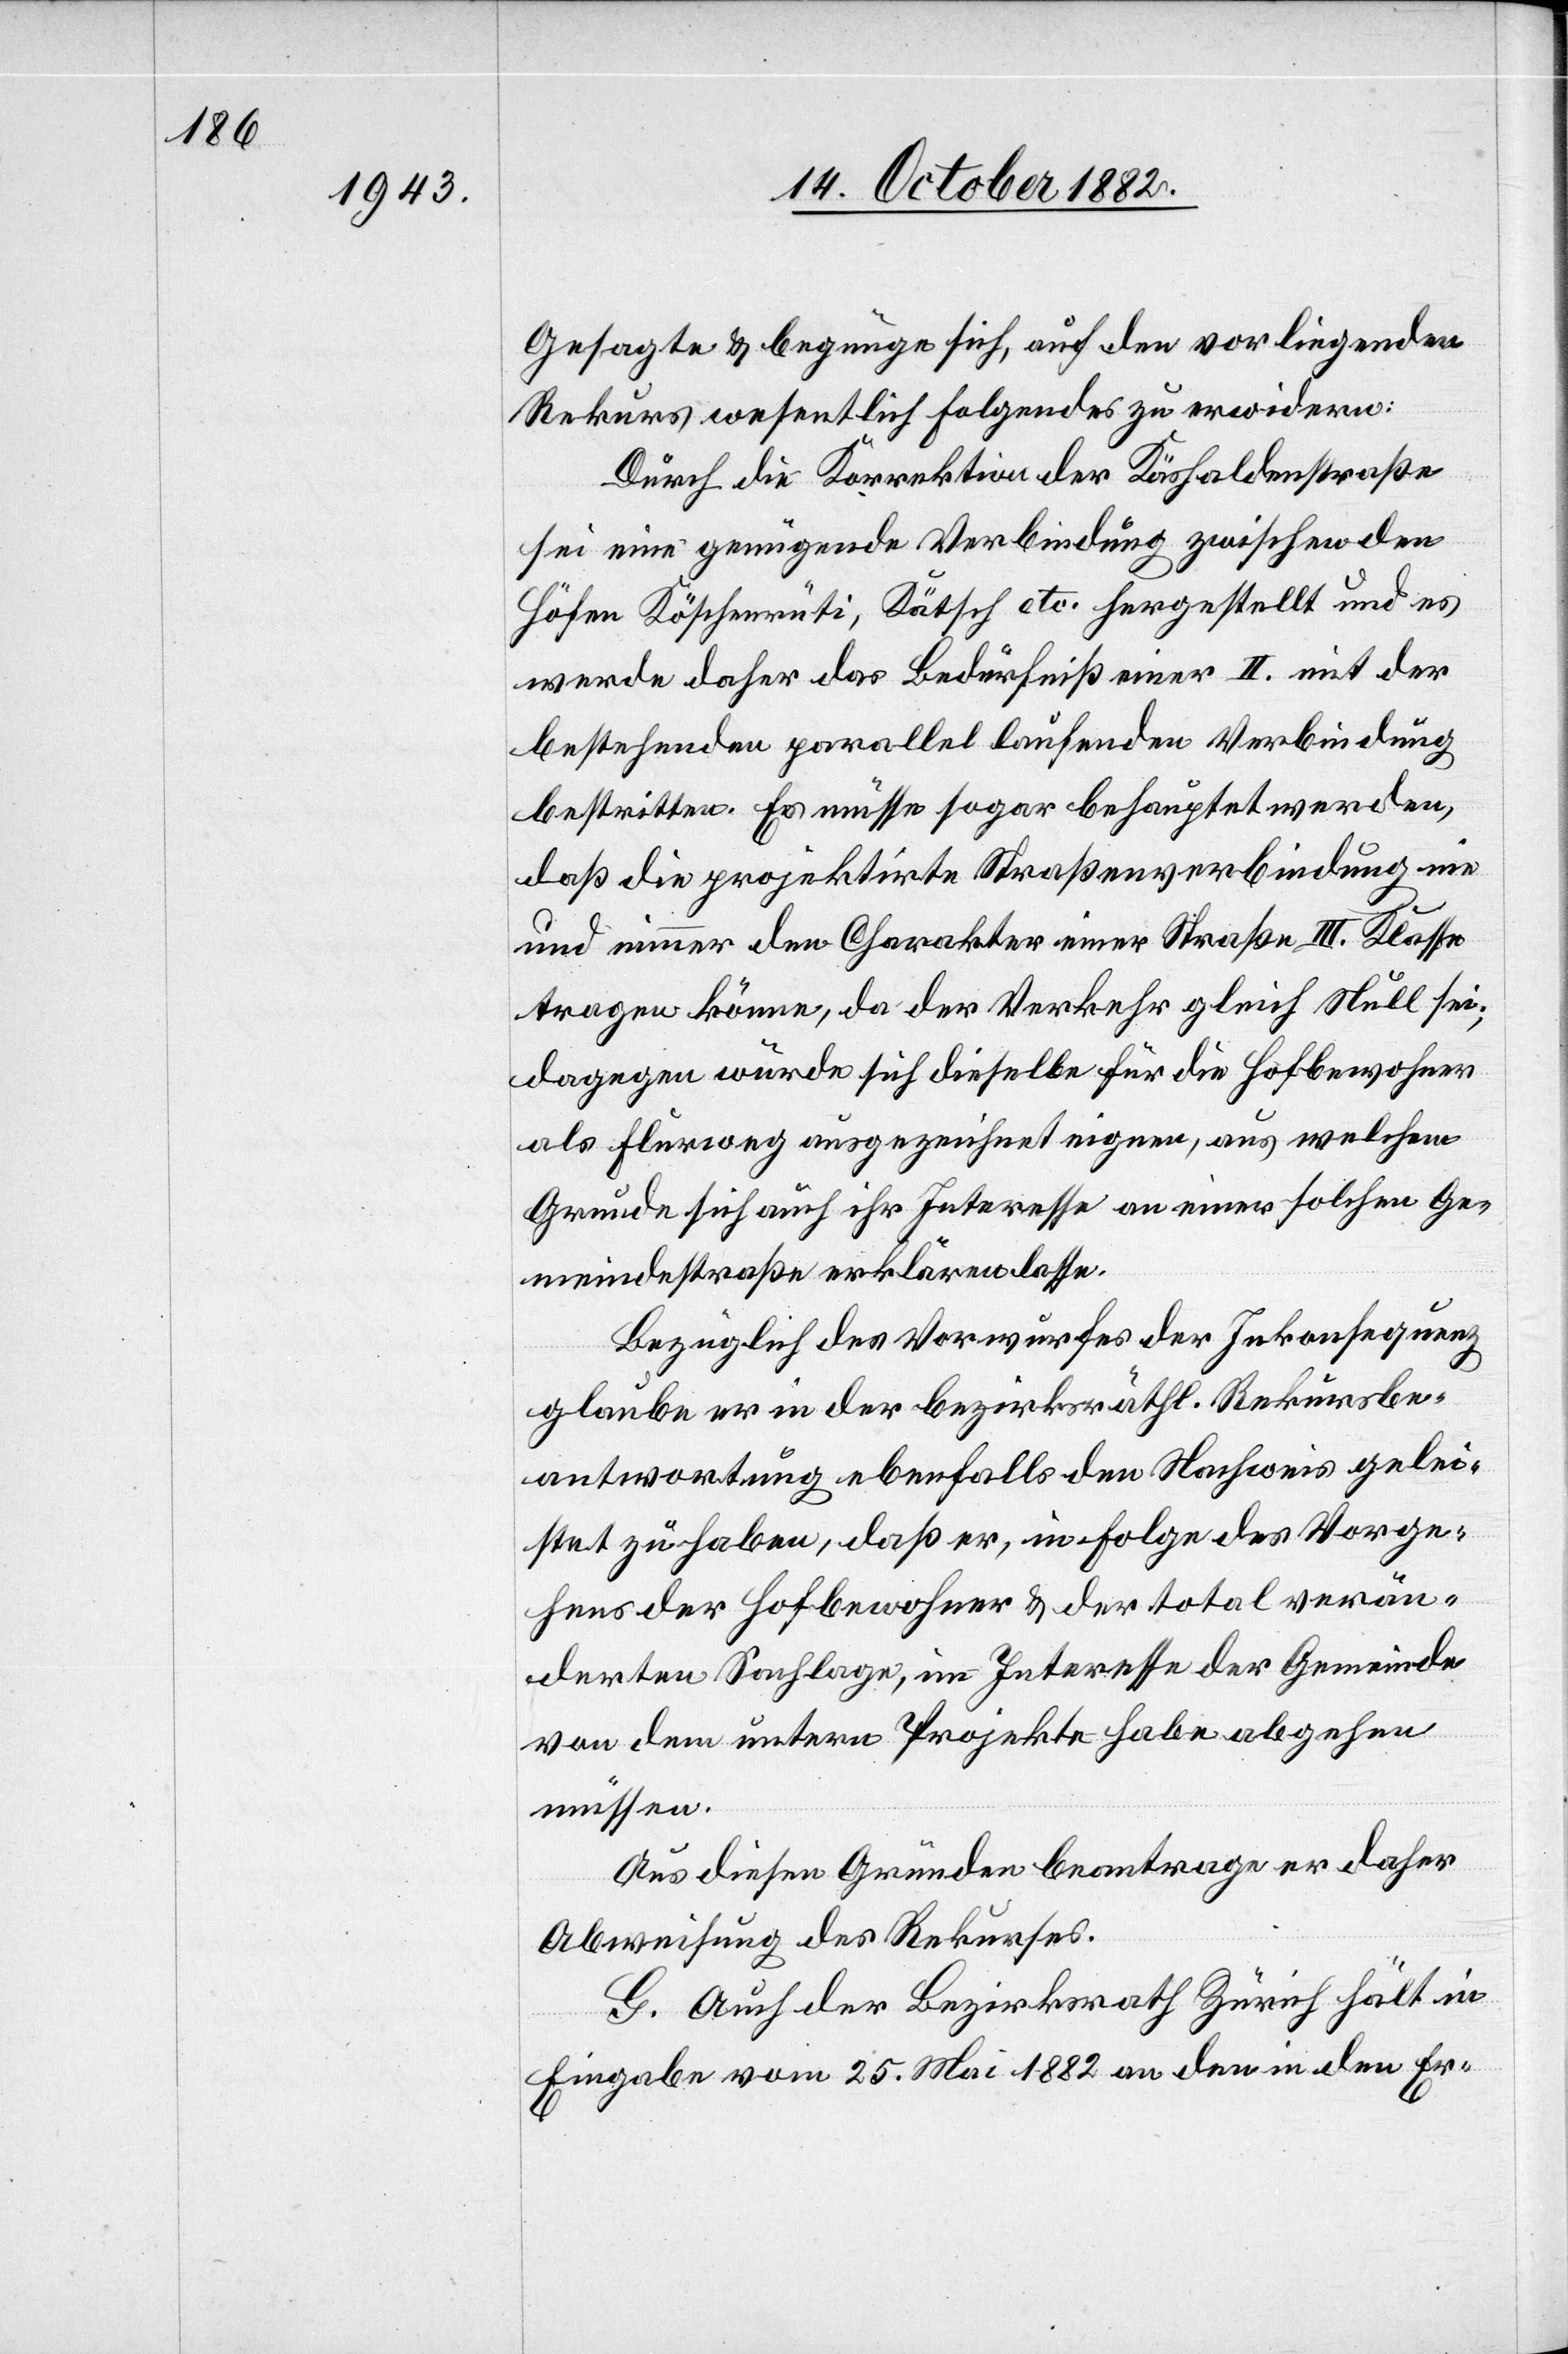
Gesagte & begnüge sich, auf den vorliegenden
Rekurs wesentlich Folgendes zu erwidern:
Durch die Korrektion der Käshaldenstraße
sei eine genügende Verbindung zwischen den
Höfen Köschenrüti, Kätsch etc. hergestellt und es
werde daher das Bedürfniß einer II. mit der
bestehenden parallel laufenden Verbindung
bestritten. Es müsse sogar behauptet werden,
daß die projektirte Straßenverbindung nie
und nimmer den Charakter einer Straße III. Klasse
tragen könne, da der Verkehr gleich Null sei;
dagegen würde sich dieselbe für die Hofbewohner
als Flurweg ausgezeichnet eignen, aus welchem
Grunde sich auch ihr Interesse an einer solchen Ge¬
meindestraße erklären lasse.
Bezüglich des Vorwurfes der Inkonsequenz
glaube er in der bezirksräth. Rekursbe¬
antwortung ebenfalls den Nachweis gelei¬
stet zu haben, daß er, in Folge des Vorge¬
hens der Hofbewohner & der total verän¬
derten Sachlage, im Interesse der Gemeinde
von dem untern Projekte habe absehen
müssen.
Aus diesen Gründen beantrage er daher
Abweisung des Rekurses.
G. Auch der Bezirksrath Zürich hält in
Eingabe vom 25. Mai 1882 an den in den Er-